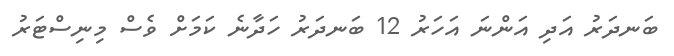
ބަނދަރު އަދި އަންނަ އަހަރު 12 ބަނދަރު ހަދާނެ ކަމަށް ވެސް މިނިސްޓަރު